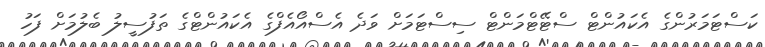
ކަސްޓަމަރުންގެ އެކައުންޓް ސްޓޭޓްމަންޓް ސިސްޓަމަށް ވަދެ އެސްއޯއެފްގެ އެކައުންޓްގެ ތަފުސީލު ބެލުމަށް ފަހު